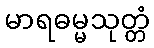
မာရဓမ္မသုတ္တံ